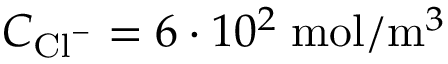
C _ { \mathrm { C l } ^ { - } } = 6 \cdot 1 0 ^ { 2 } \; \mathrm { m o l } / \mathrm { m } ^ { 3 }